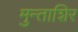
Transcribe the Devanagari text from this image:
मुन्ताशिर